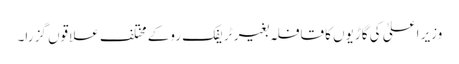
وزیر اعلیٰ کی گاڑیوں کا قافلہ بغیر ٹریفک روکے مختلف علاقوں گز را۔